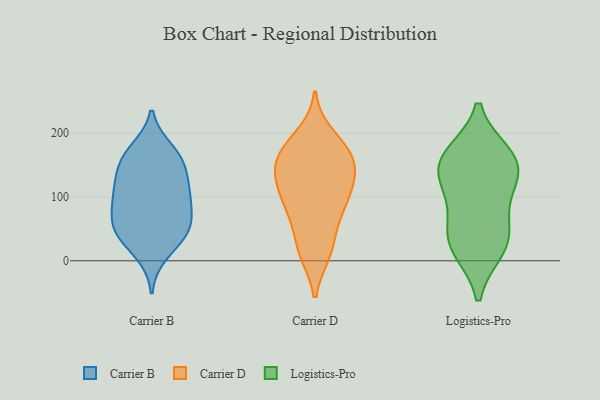
{"axis": {"x": "Temperature (°C)", "y": "Value"}, "legend": ["Carrier B", "Carrier D", "Logistics-Pro"], "data": [{"x": "", "y": 43, "type": "Carrier B"}, {"x": "", "y": 110, "type": "Carrier B"}, {"x": "", "y": 104, "type": "Carrier B"}, {"x": "", "y": 118, "type": "Carrier B"}, {"x": "", "y": 66, "type": "Carrier B"}, {"x": "", "y": 80, "type": "Carrier B"}, {"x": "", "y": 159, "type": "Carrier B"}, {"x": "", "y": 87, "type": "Carrier B"}, {"x": "", "y": 41, "type": "Carrier B"}, {"x": "", "y": 47, "type": "Carrier B"}, {"x": "", "y": 173, "type": "Carrier B"}, {"x": "", "y": 11, "type": "Carrier B"}, {"x": "", "y": 46, "type": "Carrier B"}, {"x": "", "y": 161, "type": "Carrier B"}, {"x": "", "y": 158, "type": "Carrier B"}, {"x": "", "y": 127, "type": "Carrier B"}, {"x": "", "y": 173, "type": "Carrier D"}, {"x": "", "y": 172, "type": "Carrier D"}, {"x": "", "y": 98, "type": "Carrier D"}, {"x": "", "y": 12, "type": "Carrier D"}, {"x": "", "y": 196, "type": "Carrier D"}, {"x": "", "y": 149, "type": "Carrier D"}, {"x": "", "y": 60, "type": "Carrier D"}, {"x": "", "y": 152, "type": "Carrier D"}, {"x": "", "y": 89, "type": "Carrier D"}, {"x": "", "y": 74, "type": "Carrier D"}, {"x": "", "y": 24, "type": "Carrier D"}, {"x": "", "y": 145, "type": "Carrier D"}, {"x": "", "y": 132, "type": "Carrier D"}, {"x": "", "y": 107, "type": "Carrier D"}, {"x": "", "y": 142, "type": "Carrier D"}, {"x": "", "y": 12, "type": "Carrier D"}, {"x": "", "y": 106, "type": "Carrier D"}, {"x": "", "y": 181, "type": "Carrier D"}, {"x": "", "y": 111, "type": "Logistics-Pro"}, {"x": "", "y": 50, "type": "Logistics-Pro"}, {"x": "", "y": 18, "type": "Logistics-Pro"}, {"x": "", "y": 164, "type": "Logistics-Pro"}, {"x": "", "y": 48, "type": "Logistics-Pro"}, {"x": "", "y": 116, "type": "Logistics-Pro"}, {"x": "", "y": 19, "type": "Logistics-Pro"}, {"x": "", "y": 148, "type": "Logistics-Pro"}, {"x": "", "y": 166, "type": "Logistics-Pro"}, {"x": "", "y": 151, "type": "Logistics-Pro"}]}